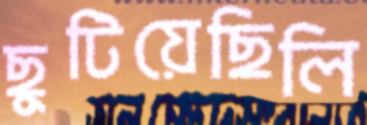
ছুটিয়েছিলি